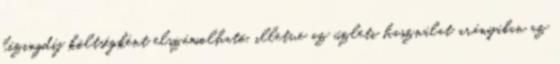
lízingdíj költségként elszámolható, illetve az üzleti használat arányában az